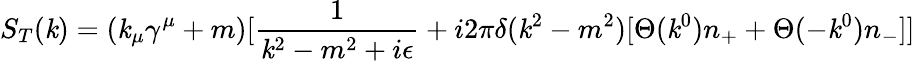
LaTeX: S_{T}(\mathit{k})=(\mathit{k}_{\mu}\gamma^{\mu}+m)[{\frac{{1}}{{\mathit{k}^{2}-m^{2}+i\epsilon}}}+i2\pi\delta(\mathit{k}^{2}-m^{2})[\Theta(\mathit{k}^{0})n_{+}+\Theta(-\mathit{k}^{0})n_{-}]]